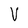
Character: V